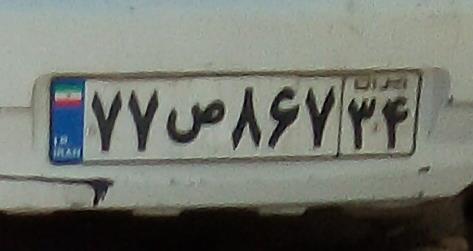
۷۷ص۸۶۷۳۴